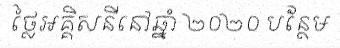
ថ្លៃអគ្គិសនីនៅឆ្នាំ ២០២០ បន្ថែម